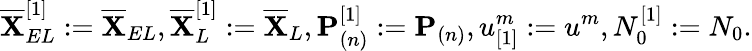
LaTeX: \overline{{\mathbf{X}}}_{EL}^{[1]}:=\overline{{\mathbf{X}}}_{EL},\overline{{\mathbf{X}}}_{L}^{[1]}:=\overline{{\mathbf{X}}}_{L},\mathbf{P}_{(n)}^{[1]}:=\mathbf{P}_{(n)},u_{[1]}^{m}:=u^{m},N_{0}^{[1]}:=N_{0}.